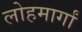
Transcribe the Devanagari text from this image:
लोहमार्गां